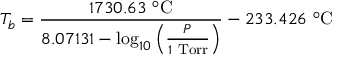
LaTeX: T _ { b } = { \frac { 1 7 3 0 . 6 3 \ { } ^ { \circ } { \mathrm { C } } } { 8 . 0 7 1 3 1 - \log _ { 1 0 } \left( { \frac { P } { 1 { \mathrm { ~ T o r r } } } } \right) } } - 2 3 3 . 4 2 6 \ { } ^ { \circ } { \mathrm { C } }